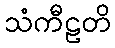
သံကီဠတိ